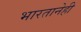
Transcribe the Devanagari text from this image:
भारतानेही